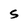
Character: S